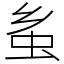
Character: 蚃